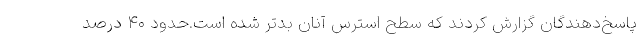
پاسخ‌دهندگان گزارش کردند که سطح استرس آنان بدتر شده است.حدود ۴۰ درصد